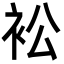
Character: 衳